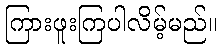
ကြားဖူးကြပါလိမ့်မည်။